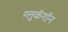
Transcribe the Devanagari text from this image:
ग्लूकॅगॉन